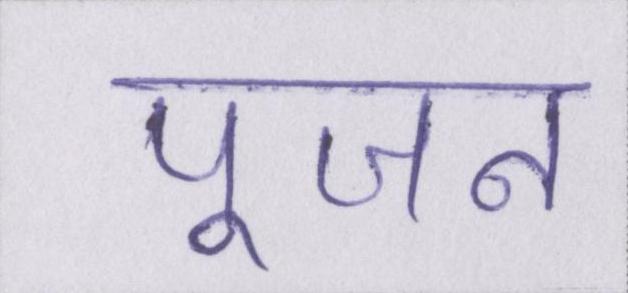
पूजन